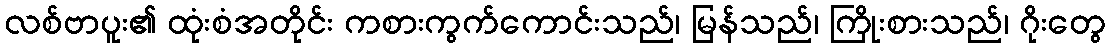
လစ်ဗာပူး၏ ထုံးစံအတိုင်း ကစားကွက်ကောင်းသည်၊ မြန်သည်၊ ကြိုးစားသည်၊ ဂိုးတွေ